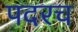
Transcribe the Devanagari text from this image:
पदरच